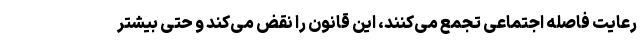
رعایت فاصله اجتماعی تجمع می‌کنند، این قانون را نقض می‌کند و حتی بیشتر